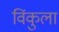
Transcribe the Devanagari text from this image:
विंकुला